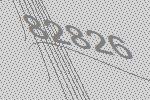
82826